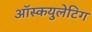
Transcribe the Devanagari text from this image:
ऑस्कयुलेटिग